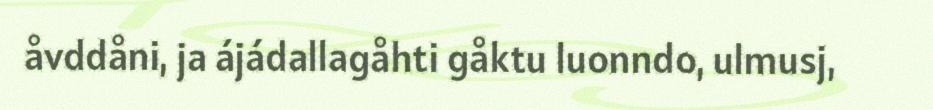
åvddåni, ja ájádallagåhti gåktu luonndo, ulmusj,